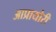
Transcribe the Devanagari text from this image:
आप्रायोरी